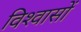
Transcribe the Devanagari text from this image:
विश्‍वासों